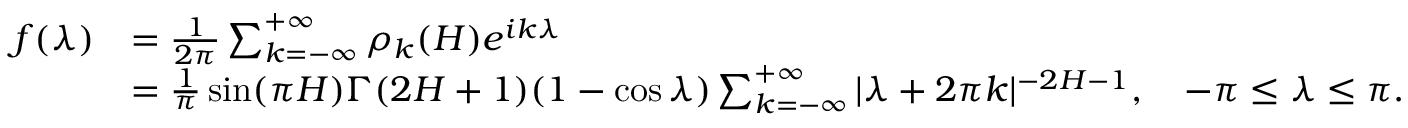
\begin{array} { r l } { f ( \lambda ) } & { = \frac { 1 } { 2 \pi } \sum _ { k = - \infty } ^ { + \infty } \rho _ { k } ( H ) e ^ { i k \lambda } } \\ & { = \frac { 1 } { \pi } \sin ( \pi H ) \Gamma ( 2 H + 1 ) ( 1 - \cos \lambda ) \sum _ { k = - \infty } ^ { + \infty } | \lambda + 2 \pi k | ^ { - 2 H - 1 } , \quad - \pi \leq \lambda \leq \pi . } \end{array}